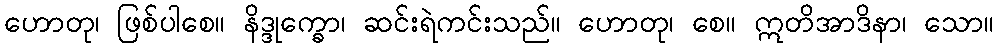
ဟောတု၊ ဖြစ်ပါစေ။ နိဒ္ဒုက္ခော၊ ဆင်းရဲကင်းသည်။ ဟောတု၊ စေ။ ဣတိအာဒိနာ၊ သော။